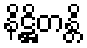
နိဋ္ဌိတန္တိ